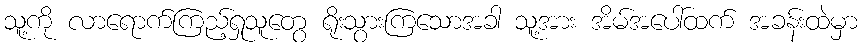
သူ့ကို လာရောက်ကြည့်ရှုသူတွေ ရိုးသွားကြသောအခါ သူ့အား အိမ်အပေါ်ထက် အခန်းထဲမှာ